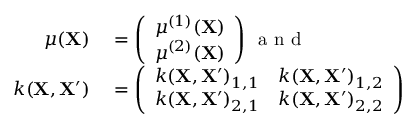
\begin{array} { r l } { \mu ( \mathbf { X } ) } & { { } = \left( \begin{array} { l } { \mu ^ { ( 1 ) } ( \mathbf { X } ) } \\ { \mu ^ { ( 2 ) } ( \mathbf { X } ) } \end{array} \right) \, \mathrm { ~ a ~ n ~ d ~ } \, } \\ { k ( \mathbf { X } , \mathbf { X ^ { \prime } } ) } & { { } = \left( \begin{array} { l l } { k ( \mathbf { X } , \mathbf { X ^ { \prime } } ) _ { 1 , 1 } } & { k ( \mathbf { X } , \mathbf { X ^ { \prime } } ) _ { 1 , 2 } } \\ { k ( \mathbf { X } , \mathbf { X ^ { \prime } } ) _ { 2 , 1 } } & { k ( \mathbf { X } , \mathbf { X ^ { \prime } } ) _ { 2 , 2 } } \end{array} \right) } \end{array}